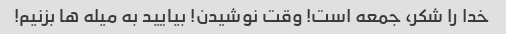
خدا را شکر، جمعه است! وقت نوشیدن! بیایید به میله ها بزنیم!